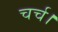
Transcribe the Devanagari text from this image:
चर्च।